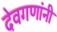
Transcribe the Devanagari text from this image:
देवगणांनी